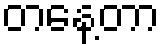
တနေ့တာ